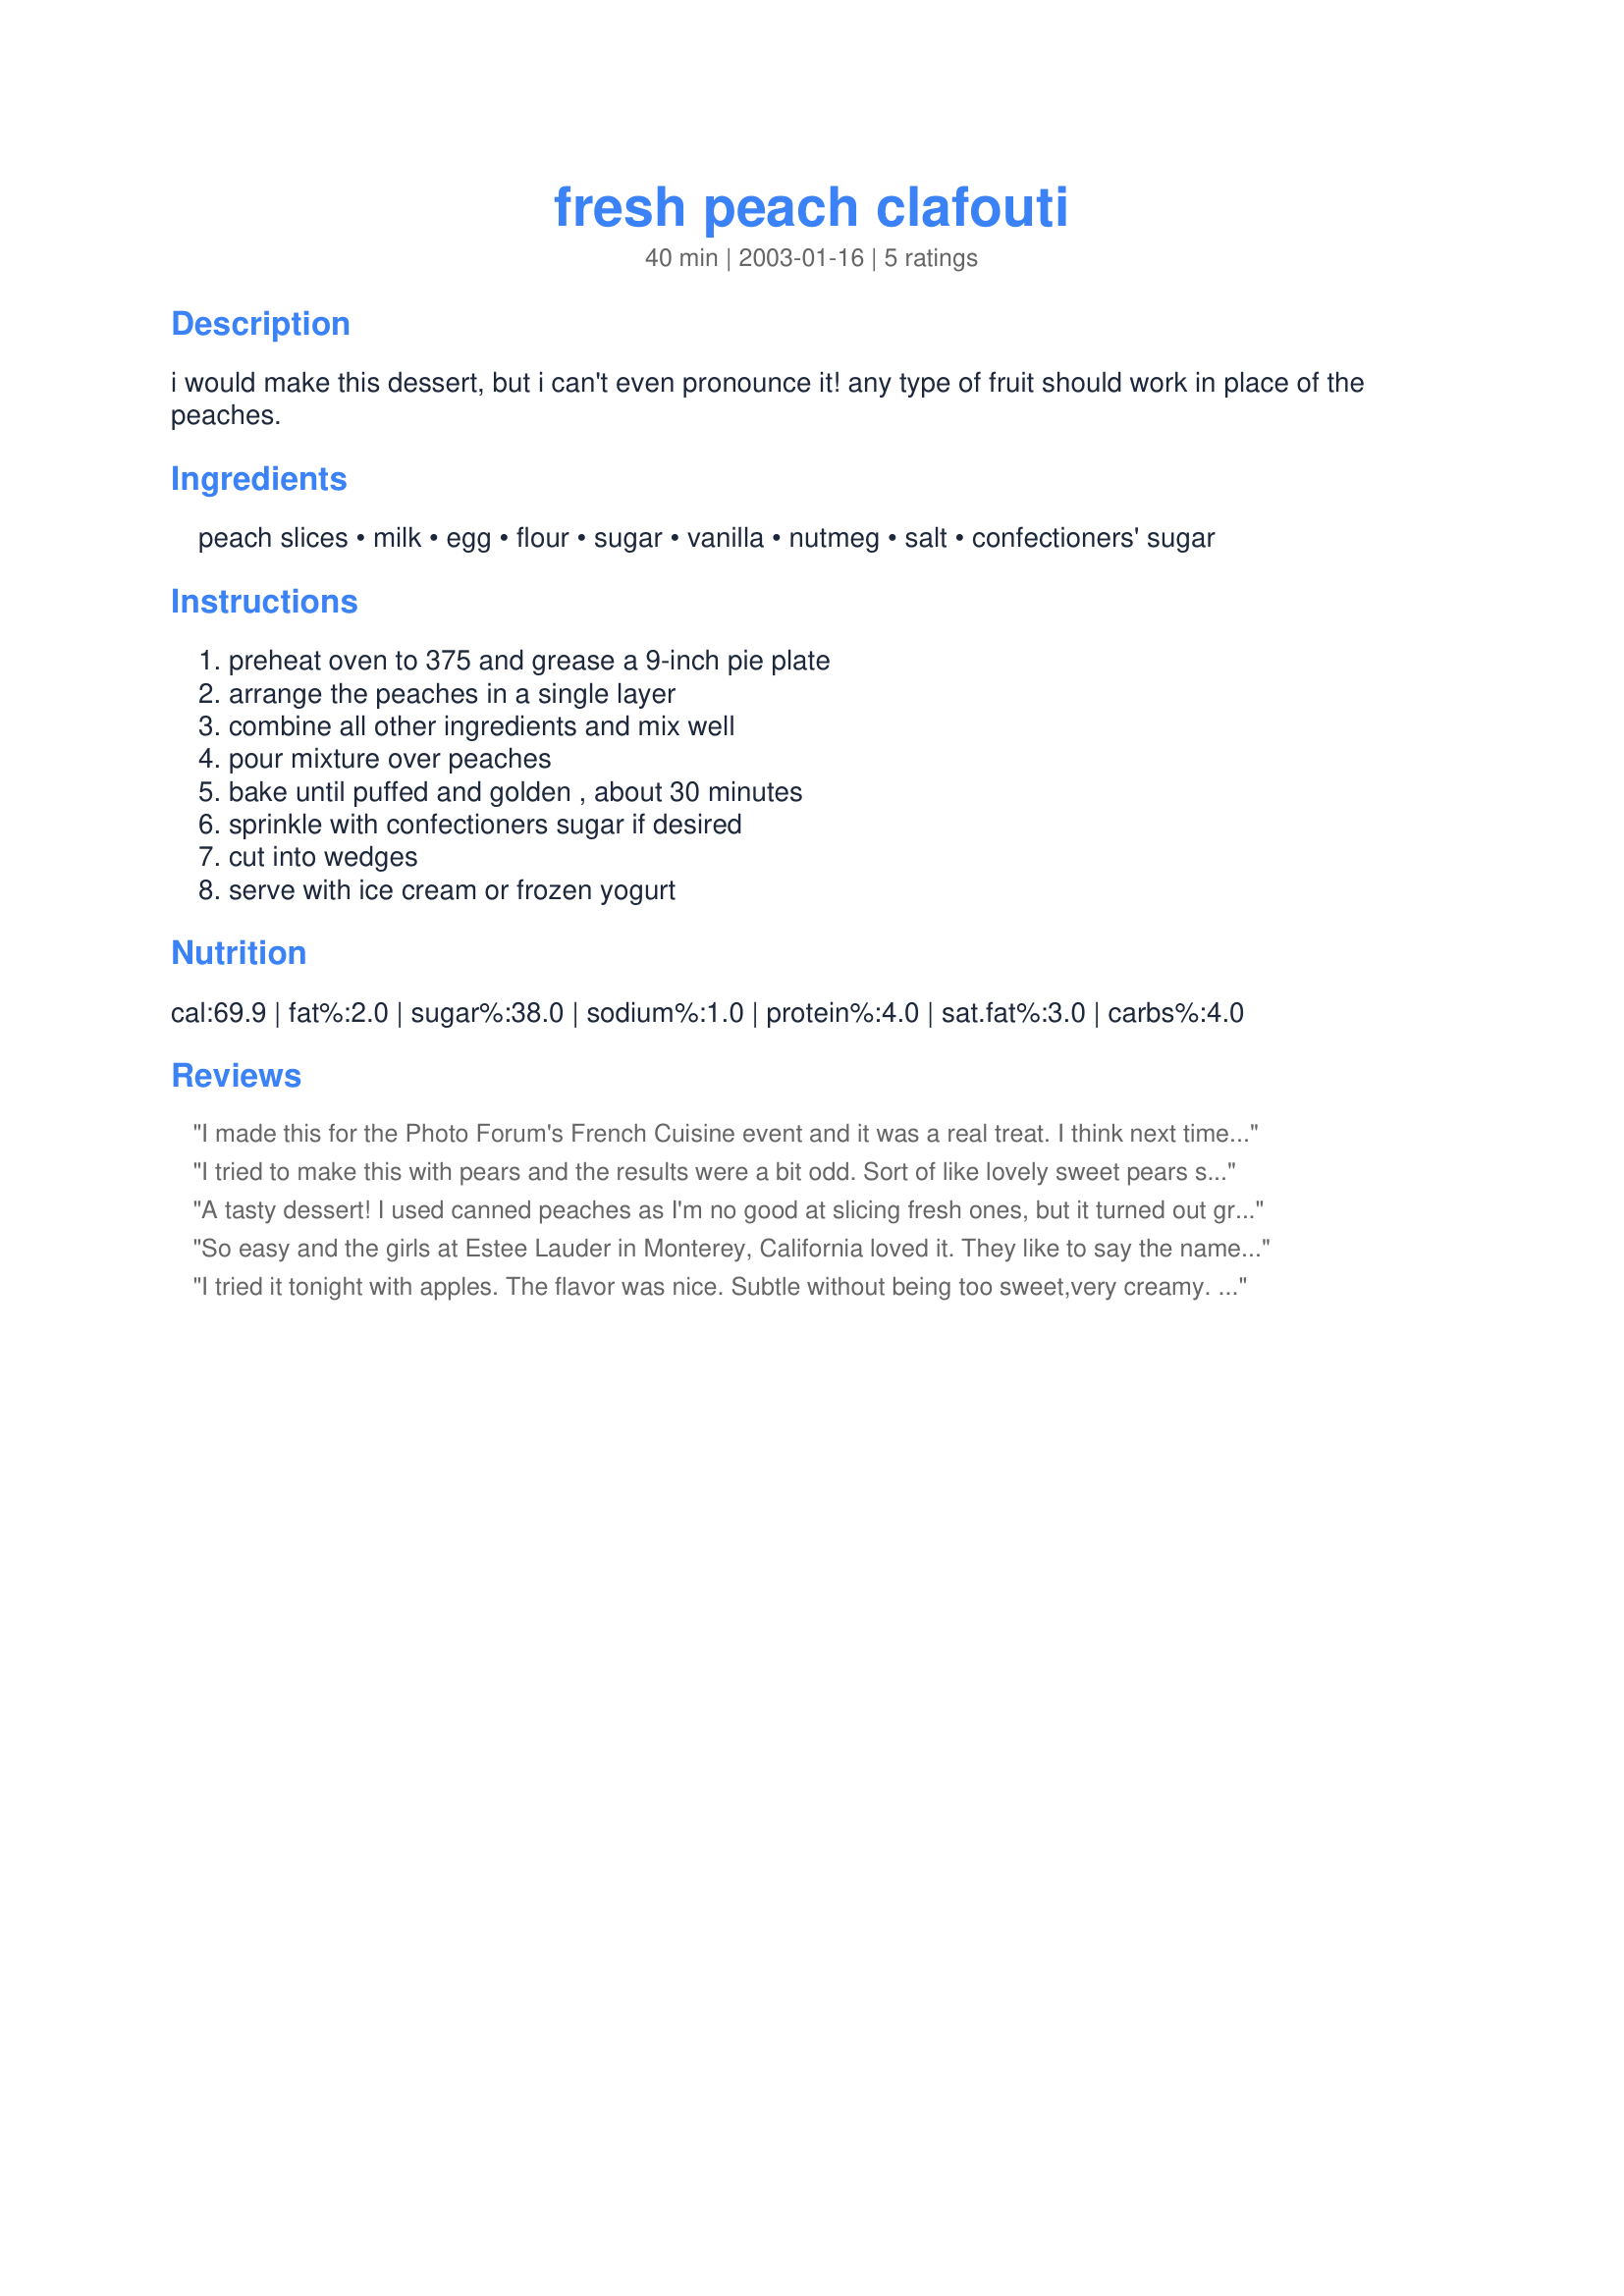
fresh peach clafouti
Preparation time: 40 minutes

i would make this dessert, but i can't even pronounce it! any type of fruit should work in place of the peaches.

Ingredients:
peach slices, milk, egg, flour, sugar, vanilla, nutmeg, salt, confectioners' sugar

Steps:
preheat oven to 375 and grease a 9-inch pie plate, arrange the peaches in a single layer, combine all other ingredients and mix well, pour mixture over peaches, bake until puffed and golden , about 30 minutes, sprinkle with confectioners sugar if desired, cut into wedges, serve with ice cream or frozen yogurt

Reviews:
I made this for the Photo Forum's French Cuisine event and it was a real treat. I think next time I will add some additional sugar as my peaches were not very sweet. I served this with vanilla ice cream for an extra special touch, thanks!
I tried to make this with pears and the results were a bit odd. Sort of like lovely sweet pears swimming in egg custard. No puffing. No cakey edges. Nothing you could slice. I believe this was user error and not a reflection on the recipe. All that said it was delicious - with most of the sweetness coming from the pears. The flavors were so soft and velvety, you could as easily eat this as breakfast as you would for dessert. Planning to try again soon. Thanks SG.
A tasty dessert! I used canned peaches as I'm no good at slicing fresh ones, but it turned out great.
So easy and the girls at Estee Lauder in Monterey, California loved it. They like to say the name, too. Nice with some cinnamon as well.
 I tried it tonight with apples. The flavor was nice. Subtle without being too sweet,very creamy. I made it a couple hours ahead of time and while it was quite good, I think it would have been better warm like the recipe suggests.
